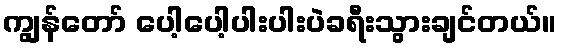
ကျွန်တော် ပေါ့ပေါ့ပါးပါးပဲခရီးသွားချင်တယ်။